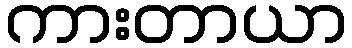
ကားတာယာ